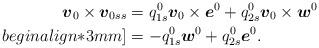
LaTeX: \begin{align*}\mbox{\mathversion{bold}$v$}_{0}\times \mbox{\mathversion{bold}$v$}_{0ss}&=q^{0}_{1s}\mbox{\mathversion{bold}$v$}_{0}\times \mbox{\mathversion{bold}$e$}^{0}+ q^{0}_{2s}\mbox{\mathversion{bold}$v$}_{0}\times \mbox{\mathversion{bold}$w$}^{0}\\begin{align*}3mm]&=-q^{0}_{1s}\mbox{\mathversion{bold}$w$}^{0}+q^{0}_{2s}\mbox{\mathversion{bold}$e$}^{0}.\end{align*}